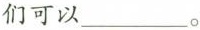
们可以___。